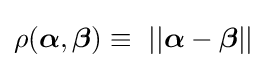
\rho ({{\boldsymbol {\alpha }},{\boldsymbol {\beta }}})\equiv \ ||{{\boldsymbol {\alpha }}-{\boldsymbol {\beta }}}||